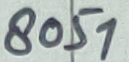
Text: 8051